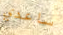
ساعدي